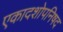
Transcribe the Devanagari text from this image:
एकादशोपनिषद